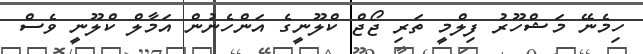
ހިމެނޭ މަޝްހޫރު ފިލްމީ ތަރި ޖޯޖް ކްލޫނީގެ އަންހެނުން އަމާލް ކްލޫނީ ވެސް